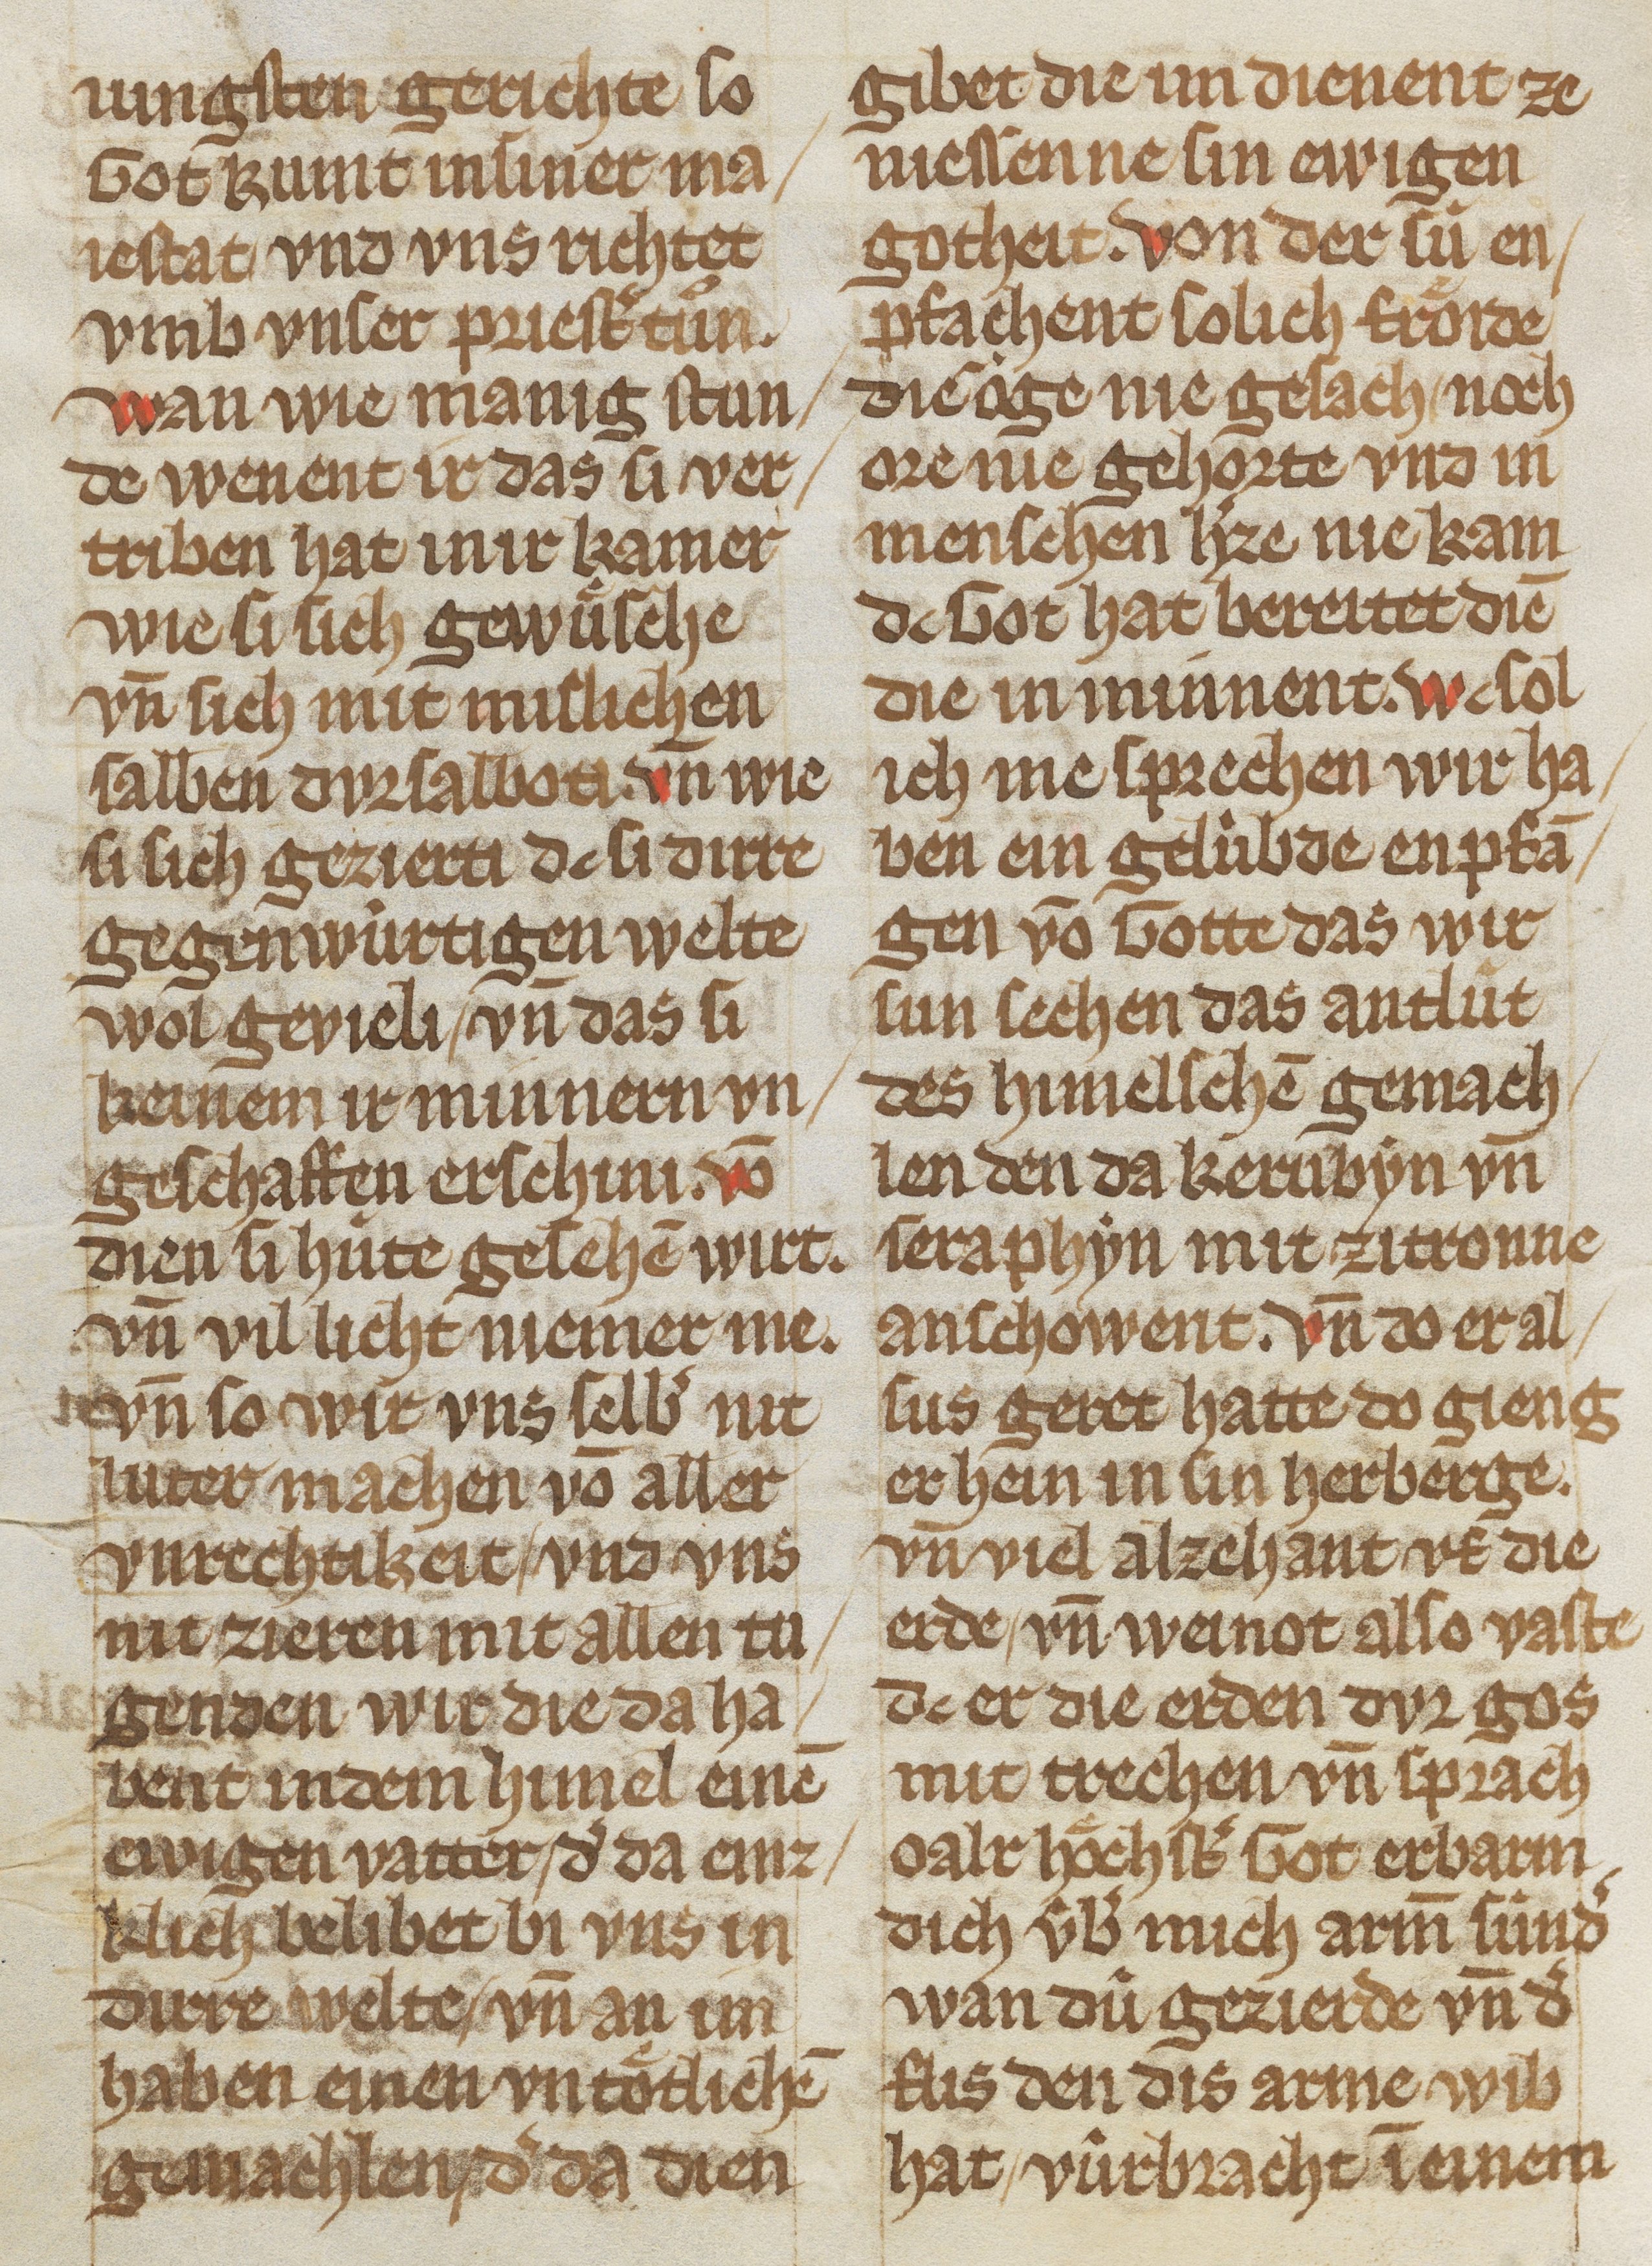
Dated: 1325–1349